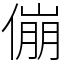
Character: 傰